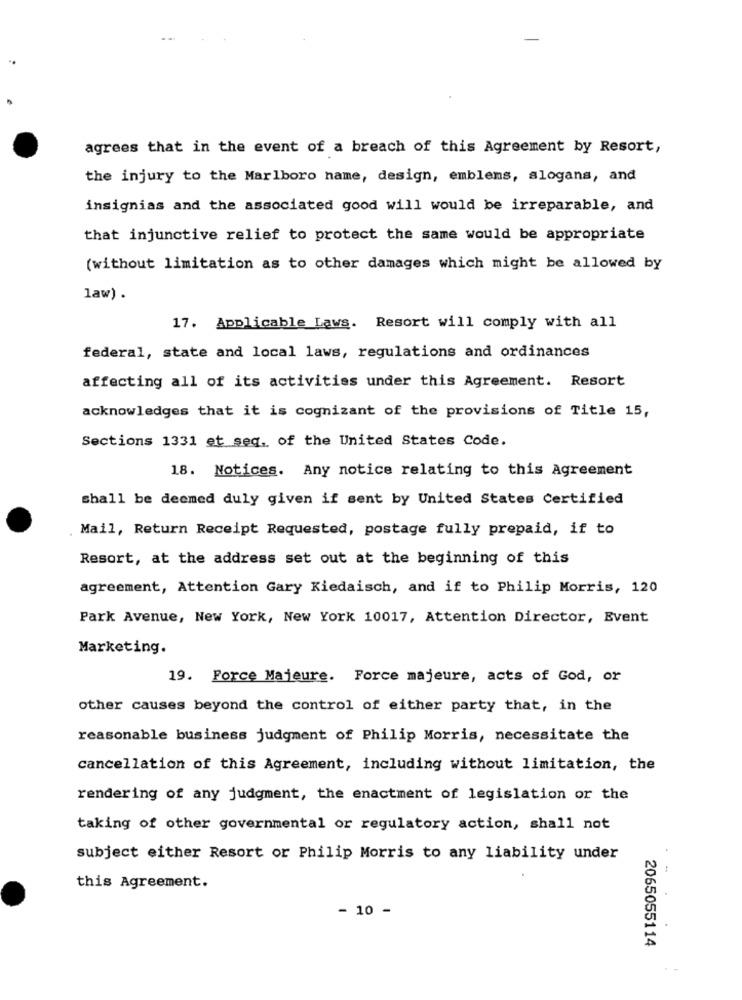
agrees that in the event of a breach of this Agreement by Resort,
the injury to the Marlboro name, design, emblems, slogans, and
insignias and the associated good will would be irreparable, and
that injunctive relief to protect the same would be appropriate
(without limitation as to other damages which might be allowed by
law) .
17. Applicable Laws. Resort will comply with all
federal, state and local laws, regulations and ordinances
affecting all of its activities under this Agreement. Resort
acknowledges that it is cognizant of the provisions of Title 15,
Sections 1331 et seq, of the United States Code.
18. Notices. Any notice relating to this Agreement
shall be deemed duly given if sent by United States Certified
Mail, Return Receipt Requested, postage fully prepaid, if to
Resort, at the address set out at the beginning of this
agreement, Attention Gary Kiedaisch, and if to Philip Morris, 120
Park Avenue, New York, New York 10017, Attention Director, Event
Marketing.
19. Force Majeure. Force majeure, acts of God, or
other causes beyond the control of either party that, in the
reasonable business judgment of Philip Morris, necessitate the
cancellation of this Agreement, including without limitation, the
rendering of any judgment, the enactment of legislation or the
taking of other governmental or regulatory action, shall not
subject either Resort or Philip Morris to any liability under
this Agreement.
- 10 -
2065055114